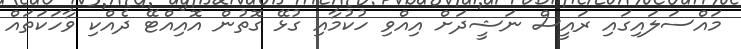
މައްސަލައިގައި ރައީސް ނަޝީދަށް އިއްވި ހުކުމާއި ގުޅޭ ގޮތުން އޮއިއްޓޭ ދެއްކި ވާހަކަތައް